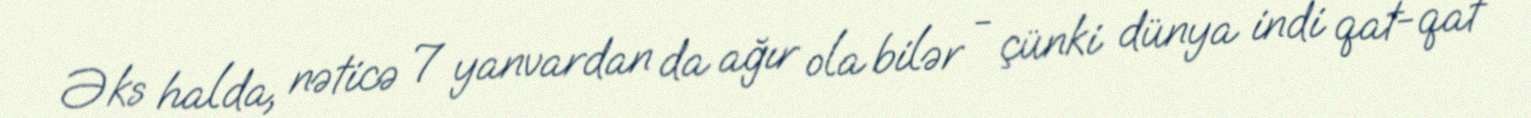
Əks halda, nəticə 7 yanvardan da ağır ola bilər - çünki dünya indi qat-qat